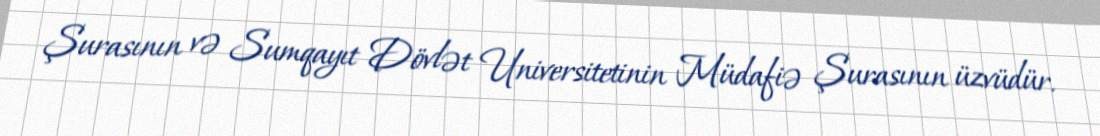
Şurasının və Sumqayıt Dövlət Universitetinin Müdafiə Şurasının üzvüdür.